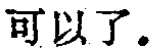
可以了.